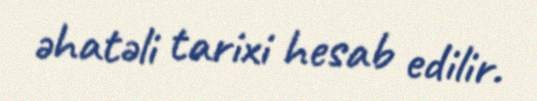
əhatəli tarixi hesab edilir.